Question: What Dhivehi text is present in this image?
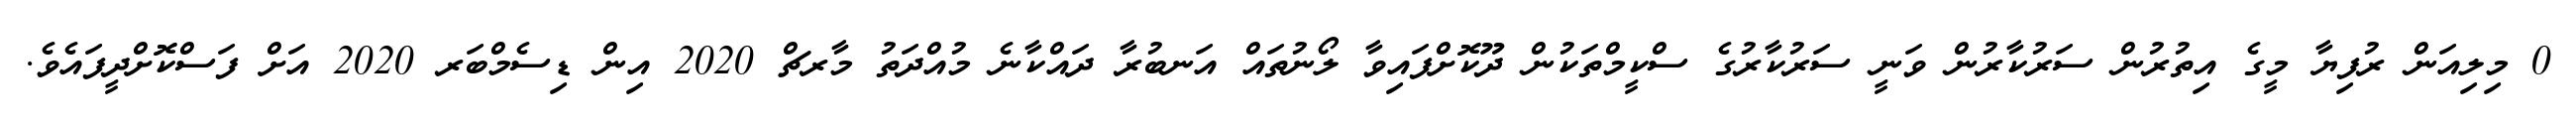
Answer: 0 މިލިއަން ރުފިޔާ މީގެ އިތުރުން ސަރުކާރުން ވަނީ ސަރުކާރުގެ ސްކީމްތަކުން ދޫކޮށްފައިވާ ލޯނުތައް އަނބުރާ ދައްކާނެ މުއްދަތު މާރޗް 2020 އިން ޑިސެމްބަރ 2020 އަށް ފަސްކޮށްދީފައެވެ.